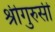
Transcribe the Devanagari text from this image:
श्रीगुरुसी